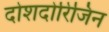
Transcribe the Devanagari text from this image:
दोशदोरिजिन